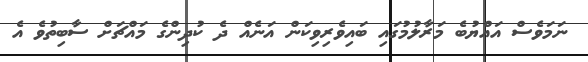
ނަމަވެސް އައްޔުބެ މަރާލުމުގައި ބައިވެރިވިކަން އަނެއް ދެ ކުދިންގެ މައްޗަށް ސާބިތުވެ އެ